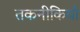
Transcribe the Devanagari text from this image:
तकनीकियाँ